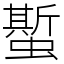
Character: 蟴